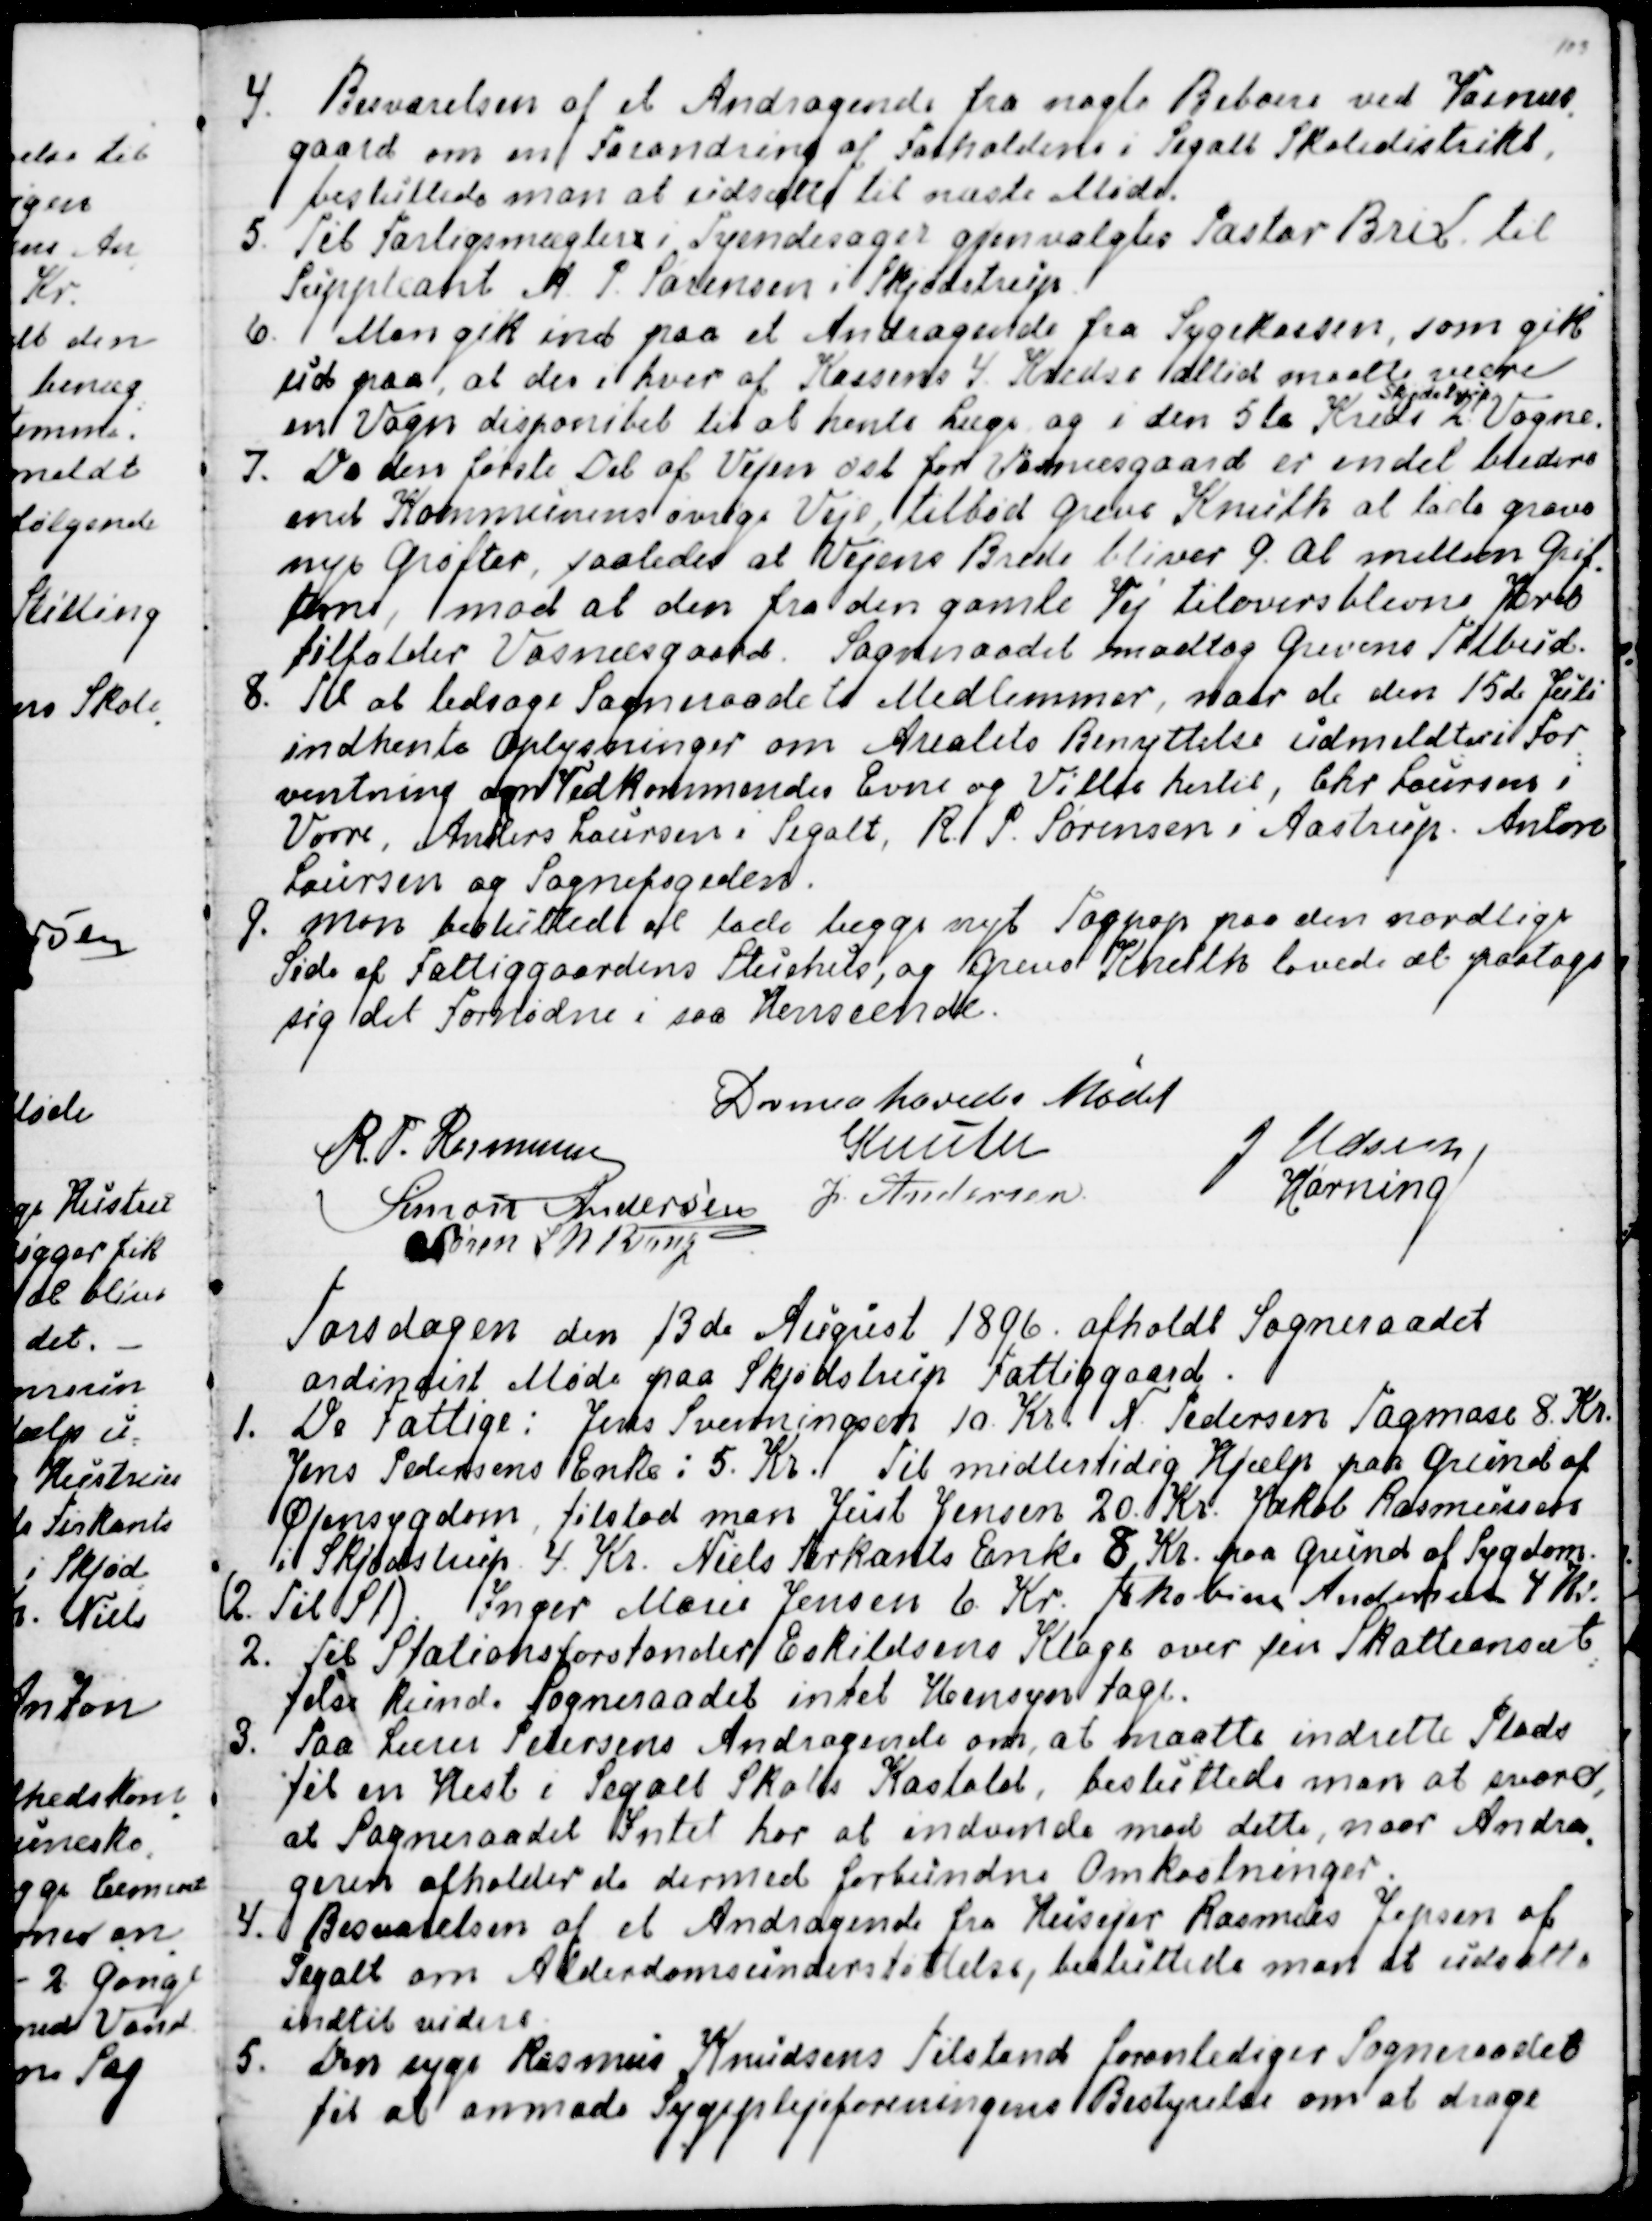
Transskription:
4. Besvarelsen af Andragende fra nogle Beboere ved Vosnæs
-
gaard om en Forandring af Forholdene i Segalt Skoledistrikt,
besluttede man at udsætte til næste Møde.
5. Til Forligsmægler i Tyendesager gjenvalgtes Pastor Brix til 
Suppleant A. P. Sørensen i Skjødstrup.
6. Man gik ind paa et Andragende fra Sygekassen, som gik
ud paa, at der i hver af Kassens 4 Kredse altid maatte være
en Vogn disponibel til at hente Læge og i den 5te Kreds 
Skjødstrup
2 Vogne.
7. Da den første Del af Vejen øst for Vosnæsgaard er en del bredere
end Kommunens øvrige Veje, tilbød Greve Knuth at lade grave
nye Grøfter, saaledes at Vejens Brede bliver 9. Al mellem Grøf
-
terne, mod at den fra den gamle Vej tiloversblevne Jord
tilfalder Vosnesgaard. Sogneraadet modtog Grevens Tilbud.
8. Til at ledsage Sogneraadets Medlemmer, naar de den 15de Juli
indhente Oplysninger om Arealets Benyttelse udmeldtes i For
=
ventning om Vedlommendes Evne og Vilje hertil, Chr Laursen i
Vorre, Anders Laursen i Segalt, R. P. Sørensen i Aastrup. Anton
Laursen og Sognefogeden.
9. Man besluttede at lade lægge nyt Tagpap paa den nordlige
Side af Fattiggaardens Stuehus, og Greve Knuth lovede at paatage
sig det fornødne i saa Henseende.
Dermed hævedes Mødet
R. P. Rasmussen
Knuth
J Udsen
Simon Andersen
J. Andersen
Hørning
Søren L N Bang

Torsdagen den 13de August 1896. afholdt Sogneraadet
ordinairt Møde paa Skjødstrup Fattiggaard.
1. De Fattige: Jens Svenningsen 10. Kr. N. Pedersen Tagmose 8. Kr.
Jens Pedersens Enke: 5. Kr. Til midlertidig Hjælp paa Grund af
Øjensygdom, tilstod man Just Jensen 20. Kr. Jakob Rasmussen
i Skjødstrup 4. Kr. Niels Firkants Enke 8 Kr. paa Grund af Sygdom.
(2. Til St).  Inger Marie Jensen 6. Kr. Jakobine Andersen 4 Kr.
2. Til Stationsforstander Eskildsens Klage over sin Skatteansæt
-
telse kunde Sogneraadet intet Hensyn tage.
3. Paa Lærer Pedersens Andragende om, at maatte indrette Plads
til en Hest i Segalt Skoles Kostald, besluttede man at svare,
at Sogneraadet Intet har at indvende mod dette, naar Andra
-
geren afholder de dermed forbundne Omkostninger.
4. Besvarelsen af et Andragende fra Husejer Rasmus Jepsen af
Segalt om Alderdomsunderstøttelse, besluttede man at udsætte
indtil videre.
5. Den syge Rasmus Knudsens Tilstand foranlediger Sogneraadet
til at anmode Sygeplejeforeningens Bestyrelse om at drage